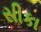
સીકા